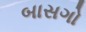
બાસગો